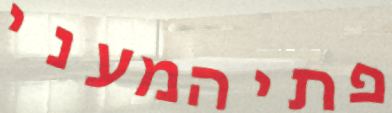
פתיהמעני